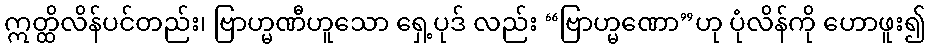
ဣတ္ထိလိန်ပင်တည်း၊ ဗြာဟ္မဏီဟူသော ရှေ့ပုဒ် လည်း “ဗြာဟ္မဏော”ဟု ပုံလိန်ကို ဟောဖူး၍